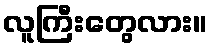
လူကြီးတွေလား။